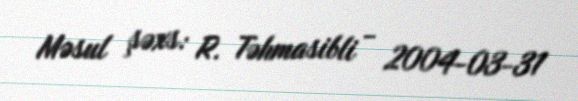
Məsul şəxs: R. Təhmasibli - 2004-03-31